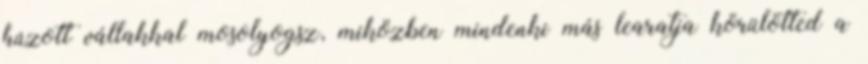
húzott vállakkal mosolyogsz, miközben mindenki más learatja körülötted a